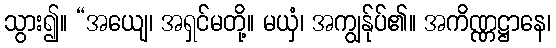
သွား၍။ “အယျေ၊ အရှင်မတို့။ မယှံ၊ အကျွန်ုပ်၏။ အကိဏ္ဏဋ္ဌာနေ၊